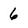
Character: 6